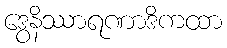
ဒွေနိဿာရဏာဒိကထာ